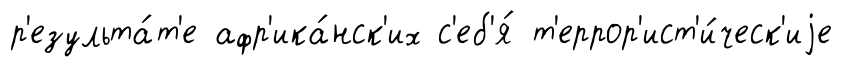
р'езульта́т'е афр'ика́нск'их с'еб'я́ т'еррор'ист'и́ческ'иjе